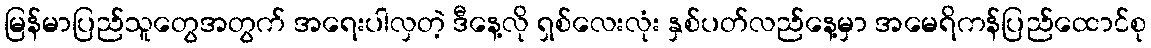
မြန်မာပြည်သူတွေအတွက် အရေးပါလှတဲ့ ဒီနေ့လို ရှစ်လေးလုံး နှစ်ပတ်လည်နေ့မှာ အမေရိကန်ပြည်ထောင်စု